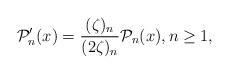
LaTeX: \begin{align*}\mathcal{P}'_{n}(x)=\dfrac{(\zeta)_n}{(2\zeta)_n}\mathcal{P}_{n}(x), n \geq 1,\end{align*}